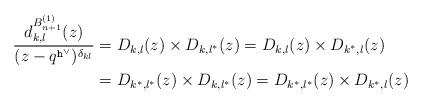
LaTeX: \begin{align*} \begin{aligned}\dfrac{d^{B^{(1)}_{n+1}}_{k,l}(z)}{(z-q^{\mathtt{h}^\vee})^{\delta_{kl}}} & = D_{k,l}(z) \times D_{k,l^*}(z) = D_{k,l}(z) \times D_{k^*,l}(z) \\& = D_{k^*,l^*}(z) \times D_{k,l^*}(z) = D_{k^*,l^*}(z) \times D_{k^*,l}(z)\end{aligned}\end{align*}